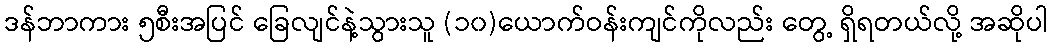
ဒန်ဘာကား ၅စီးအပြင် ခြေလျင်နဲ့သွားသူ (၁၀)ယောက်ဝန်းကျင်ကိုလည်း တွေ့ ရှိရတယ်လို့ အဆိုပါ